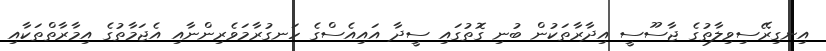
އިނގިރޭސިވިލާތުގެ ޖާސޫސީ އިދާރާތަކުން ބުނި ގޮތުގައި ސީދާ އައިއެސްގެ ހަނގުރާމަވެރިންނާއި އެޖަމާތުގެ އިމާރާތްތަކާއި